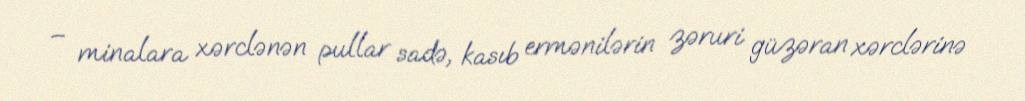
– minalara xərclənən pullar sadə, kasıb ermənilərin zəruri güzəran xərclərinə